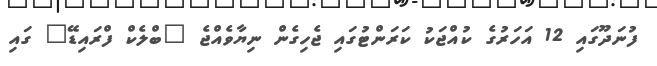
ފުނަދޫގައި 12 އަހަރުގެ ކުއްޖަކު ކަރަންޓުގައި ޖެހިގެން ނިޔާވެއްޖެ "ބްލެކް ފްރައިޑޭ" ގައި